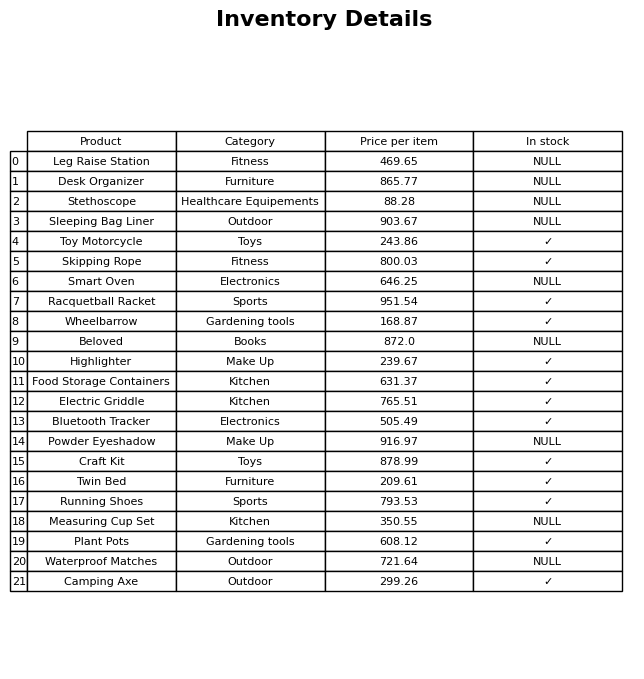
question: What is the price for Smart Oven?
answer: The price of Smart Oven is 646.25.